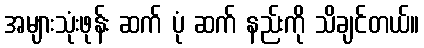
အများသုံးဖုန်း ဆက် ပုံ ဆက် နည်းကို သိချင်တယ်။